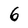
Character: 6